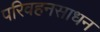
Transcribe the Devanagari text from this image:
परिवहनसाधन